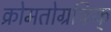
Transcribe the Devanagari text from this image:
क्रोमतोग्रफिक्